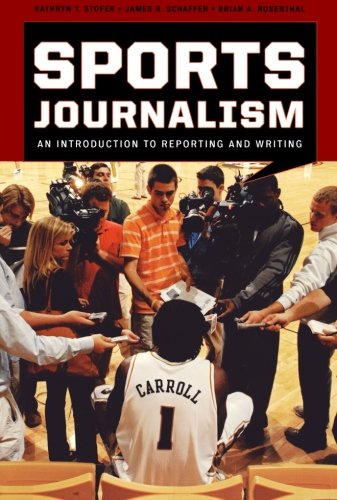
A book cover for Sports Journalism: An Introduction to Reporting and Writing; Kathryn T. Stofer; Sports & Outdoors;